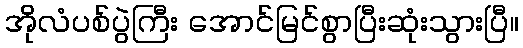
အိုလံပစ်ပွဲကြီး အောင်မြင်စွာပြီးဆုံးသွားပြီ။